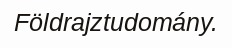
Földrajztudomány.